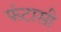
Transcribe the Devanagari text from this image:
फंटासी